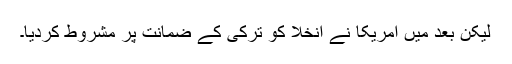
لیکن بعد میں امریکا نے انخلا کو ترکی کے ضمانت پر مشروط کردیا۔